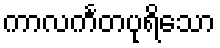
ကာလင်္ကတပုရိသော